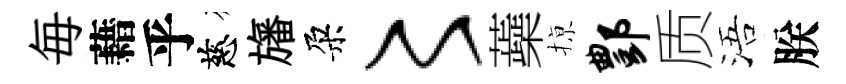
毎藉乎慈旛朶〻蘃𢱊酆质浯朕